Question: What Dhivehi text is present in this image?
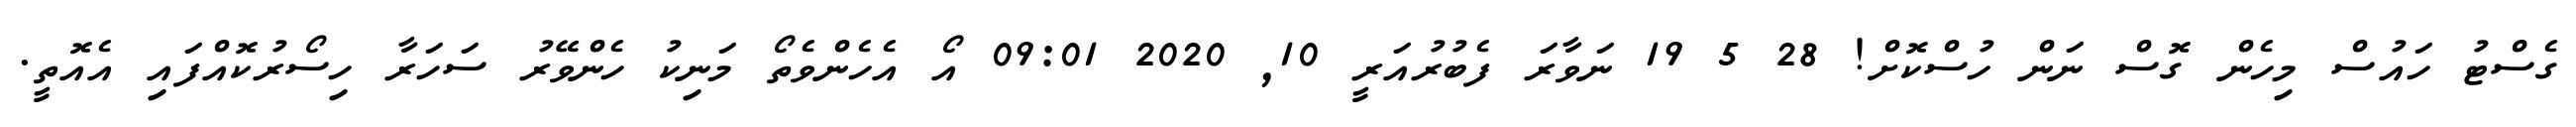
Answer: ގެސްޓު ހައުސް މިހެން ގޮސް ނަން ހުސްކޮށް! 28 5 19 ނަވާރަ ފެބުރުއަރީ 10, 2020 09:01 އޯ އެހެންވެތޯ މަނިކު ހެންވޭރު ސަހަރާ ހިސޯރުކޮއްފައި އެއޮތީ.